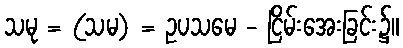
သမု = (သမ) = ဥပသမေ - ငြိမ်းအေးခြင်း၌။